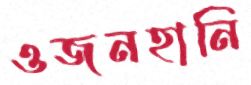
ওজনহানি